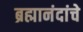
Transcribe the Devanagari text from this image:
ब्रह्मानंदांचे